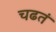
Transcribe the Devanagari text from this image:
चढतं